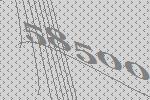
58500